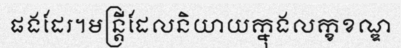
ផងដែរ។មន្ត្រីដែលនិយាយក្នុងលក្ខខណ្ឌ